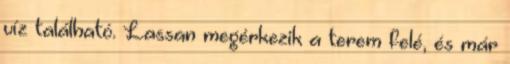
víz található. Lassan megérkezik a terem felé, és már